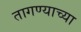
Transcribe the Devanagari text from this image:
तागण्याच्या